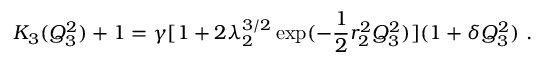
K _ { 3 } ( Q _ { 3 } ^ { 2 } ) + 1 = \gamma [ 1 + 2 \lambda _ { 2 } ^ { 3 / 2 } \exp ( - \frac { 1 } { 2 } r _ { 2 } ^ { 2 } Q _ { 3 } ^ { 2 } ) ] ( 1 + \delta Q _ { 3 } ^ { 2 } ) \ .